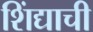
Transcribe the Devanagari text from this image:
शिंद्याची